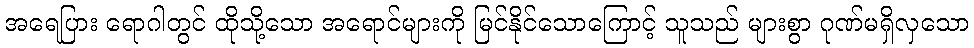
အရေပြား ရောဂါတွင် ထိုသို့သော အရောင်များကို မြင်နိုင်သောကြောင့် သူသည် များစွာ ဂုဏ်မရှိလှသော